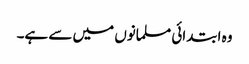
وہ ابتدائی مسلمانوں میں سے ہے۔